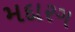
મદારગ